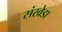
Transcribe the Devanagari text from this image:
संखेडा